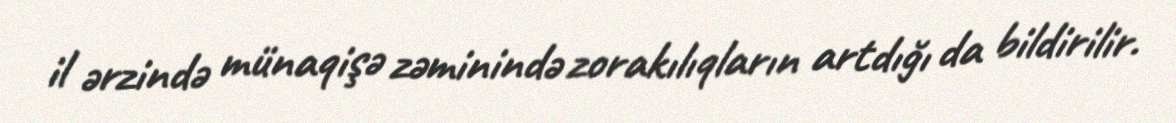
il ərzində münaqişə zəminində zorakılıqların artdığı da bildirilir.